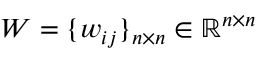
W = \{ w _ { i j } \} _ { n \times n } \in \mathbb { R } ^ { n \times n }